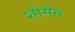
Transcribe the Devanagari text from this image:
शोमेन